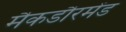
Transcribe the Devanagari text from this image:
मैकडौरमेंड